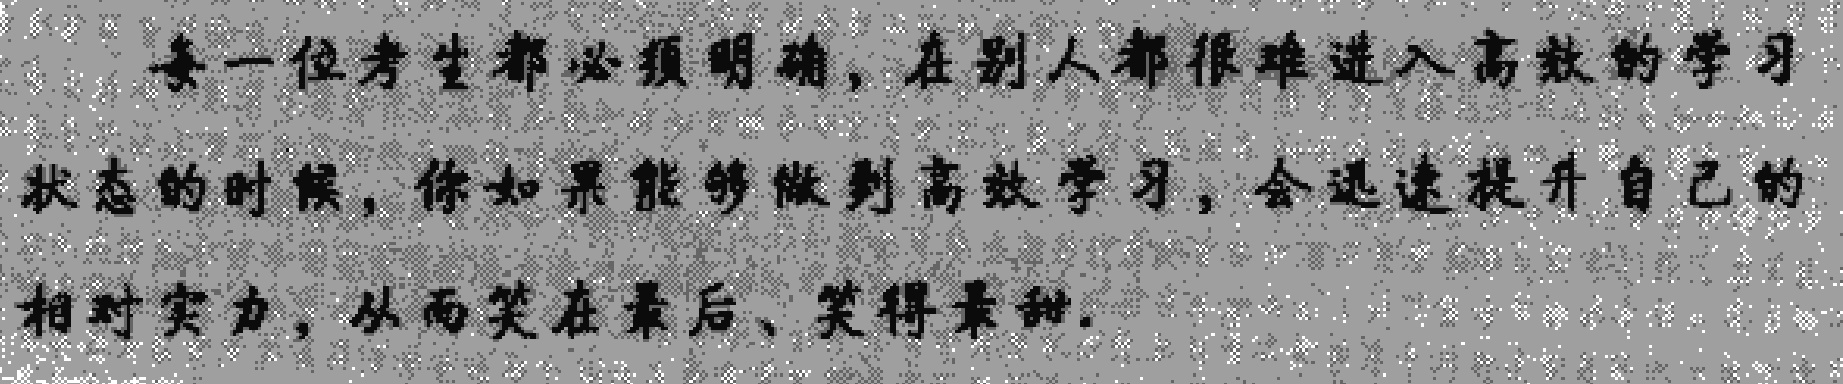
每一位考生都必须明确，在别人都很难进入高效的学习状态的时候，你如果能够做到高效学习，会迅速提升自己的相对实力，从而笑在最后、笑得最甜.